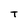
Character: T